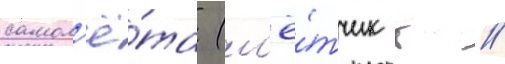
самол'ё́та (л'ё́тчик г //